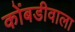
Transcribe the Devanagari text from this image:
कोंबडीवाला